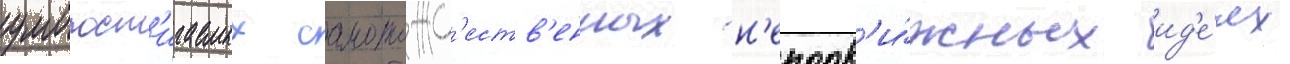
умопост'игаемых самотожд'еств'енных н'еподв'и́жных ид'е́ях